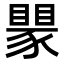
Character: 𬥅